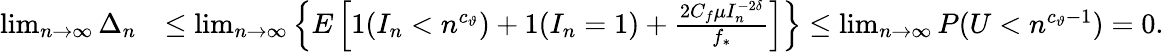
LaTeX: \begin{array}{rl}{\operatorname*{lim}_{n\to\infty}\Delta_{n}}&{\leq\operatorname*{lim}_{n\to\infty}\left\{ E\left[1(I_{n}<n^{c_{\vartheta}})+1(I_{n}=1)+\frac{2C_{f}\mu I_{n}^{-2\delta}}{f_{*}}\right]\right\} \leq\operatorname*{lim}_{n\to\infty}P(U<n^{c_{\vartheta}-1})=0.}\end{array}